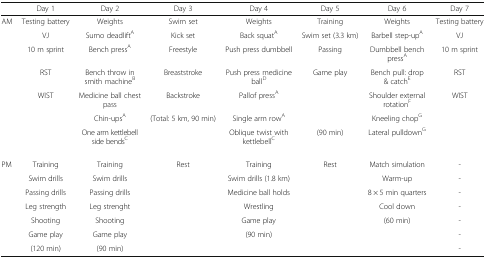
|  | Day 1 | Day 2 | Day 3 | Day 4 | Day 5 | Day 6 | Day 7 |
 | --- | --- | --- | --- | --- | --- | --- | --- |
 | AM | Testing battery | Weights | Swim set | Weights | Training | Weights | Testing battery |
 |  | VJ | Sumo deadliftA | Kick set | Back squatA | Swim set (3.3 km) | Barbell step-upA | VJ |
 |  | 10 m sprint | Bench pressA | Freestyle | Push press dumbbell | Passing | Dumbbell bench pressA | 10 m sprint |
 |  | RST | Bench throw in smith machineB | Breaststroke | Push press medicine ballD | Game play | Bench pull: drop & catchE | RST |
 |  | WIST | Medicine ball chest pass | Backstroke | Pallof pressA |  | Shoulder external rotationF | WIST |
 |  |  | Chin-upsA | (Total: 5 km, 90 min) | Single arm rowA |  | Kneeling chopG |  |
 |  |  | One arm kettlebell side bendsC |  | Oblique twist with kettlebellC | (90 min) | Lateral pulldownG |  |
 | PM | Training | Training | Rest | Training | Rest | Match simulation | - |
 |  | Swim drills | Swim drills |  | Swim drills (1.8 km) |  | Warm-up | - |
 |  | Passing drills | Passing drills |  | Medicine ball holds |  | 8 × 5 min quarters | - |
 |  | Leg strength | Leg strenght |  | Wrestling |  | Cool down | - |
 |  | Shooting | Shooting |  | Game play |  | (60 min) | - |
 |  | Game play | Game play |  | (90 min) |  |  | - |
 |  | (120 min) | (90 min) |  |  |  |  | - |